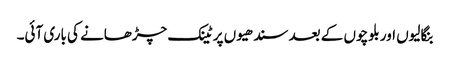
بنگالیوں اور بلوچوں کے بعد سندھیوں پر ٹینک چڑھانے کی باری آئی۔